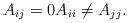
LaTeX: \begin{align*}A_{ij}=0 A_{ii}\neq A_{jj}.\end{align*}